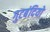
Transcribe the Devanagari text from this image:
गुटबंदियों